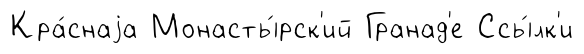
Кра́снаjа Монасты́рск'ий Гранад'е Ссы́лк'и